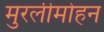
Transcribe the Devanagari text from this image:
मुरलीमोहन